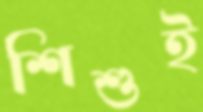
শিশুই